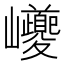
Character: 巙